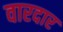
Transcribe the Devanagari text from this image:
वारदार